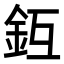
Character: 𨥛